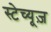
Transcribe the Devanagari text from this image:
स्टेच्यूज़